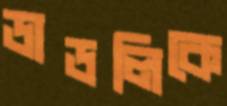
ডাডলিকে